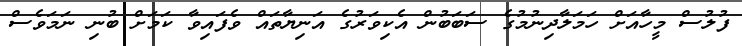
ފުލުސް މީހާއަށް ހަމަލާދިނުމުގެ ސަބަބުން އެކިވަރުގެ އަނިޔާތައް ވެފައިވާ ކަމަށް ބުނި ނަމަވެސް